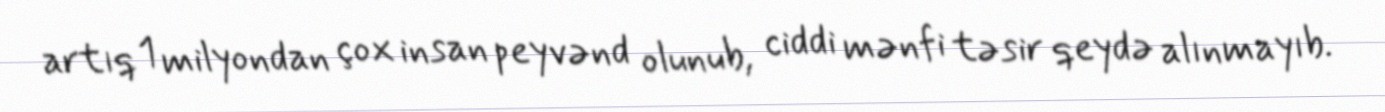
artıq 1 milyondan çox insan peyvənd olunub, ciddi mənfi təsir qeydə alınmayıb.